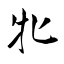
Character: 牝